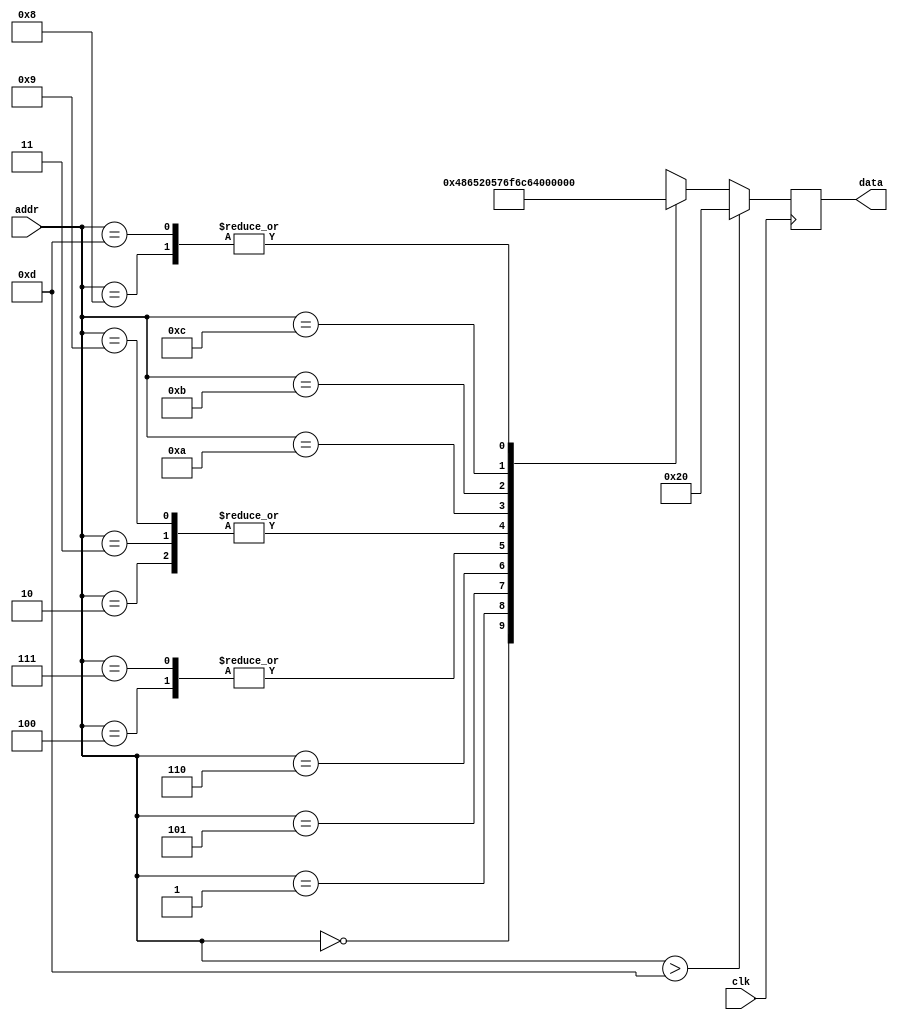
`timescale 1ns / 1ps
//////////////////////////////////////////////////////////////////////////////////
// Company: 
// Engineer: 
// 
// Design Name: 
// Module Name:    message_rom 
// Project Name: 
// Target Devices: 
// Tool versions: 
// Description: 
//
// Dependencies: 
//
// Revision: 
// Revision 0.01 - File Created
// Additional Comments: 
//
//////////////////////////////////////////////////////////////////////////////////
module message_rom (
    input clk,
    input [3:0] addr,
    output [7:0] data
);
 
wire [7:0] rom_data [13:0];
 
assign rom_data[0] = "H";
assign rom_data[1] = "e";
assign rom_data[2] = "l";
assign rom_data[3] = "l";
assign rom_data[4] = "o";
assign rom_data[5] = " ";
assign rom_data[6] = "W";
assign rom_data[7] = "o";
assign rom_data[8] = "r";
assign rom_data[9] = "l";
assign rom_data[10] = "d";
assign rom_data[11] = "!";
assign rom_data[12] = "\n";
assign rom_data[13] = "\r";
 
reg [7:0] data_d, data_q;
 
assign data = data_q;
 
always @(*) begin
    if (addr > 4'd13)
        data_d = " ";
    else
        data_d = rom_data[addr];
end
 
always @(posedge clk) begin
    data_q <= data_d;
end
 
endmodule